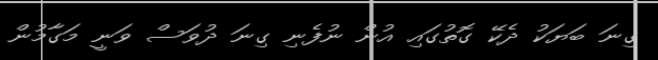
ގިނަ ބަޔަކު ދެކޭ ގޮތުގައި އުން ނުފެނި ގިނަ ދުވަސް ވަނީ މަގާމުން